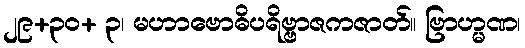
၂၉+၃၀+ ၃၊ မဟာဗောဓိပရိဗ္ဗာဇကဇာတ်။ ဗြာဟ္မဏ၊